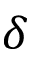
\delta